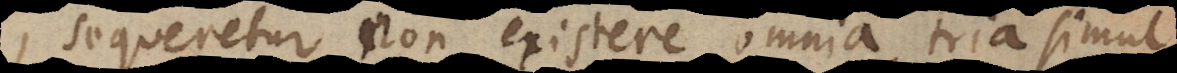
b, sequeretur non existere omnia tria simul